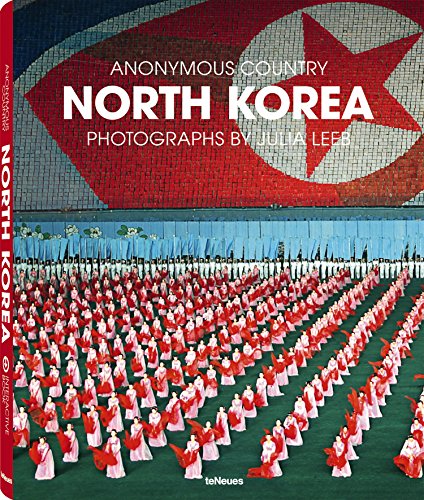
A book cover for North Korea: Anonymous Country; Travel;